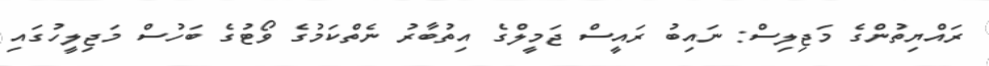
ރައްޔިތުންގެ މަޖިލިސް: ނައިބު ރައީސް ޖަމީލްގެ އިތުބާރު ނެތްކަމުގެ ވޯޓުގެ ބަހުސް މަޖިލީހުގައި